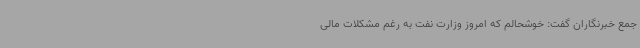
جمع خبرنگاران گفت: خوشحالم که امروز وزارت نفت به رغم مشکلات مالی